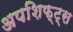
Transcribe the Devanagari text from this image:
अपशिफ्ट्स